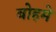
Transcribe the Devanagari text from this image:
बोहमे